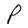
Character: P